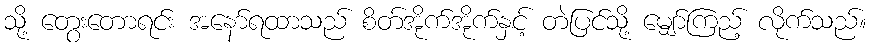
သို့ တွေးတောရင်း အနော်ရထာသည် စိတ်အိုက်အိုက်နှင့် တဲပြင်သို့ မျှော်ကြည့် လိုက်သည်။